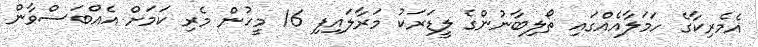
އެމެރިކާގެ ހަމަލާއެއްގައި ތޯލިބާނުންގެ ލީޑަރަކު މަރާލައިފި 16 މީހުން މެރި ކަމަށް އެއްބަސްވާން